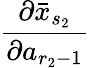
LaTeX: \frac{\partial\bar{x}_{s_{2}}}{\partial a_{r_{2}-1}}